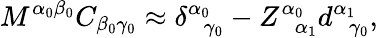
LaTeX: M^{\alpha_{0}\beta_{0}}C_{\beta_{0}\gamma_{0}}\approx\delta_{\; \; \gamma_{0}}^{\alpha_{0}}-Z_{\; \; \alpha_{1}}^{\alpha_{0}}d_{\; \; \gamma_{0}}^{\alpha_{1}},